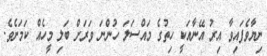
ނިޔާވެފައިވާ އިރު އޭނާއަކީ ހިތުގެ މައްސަލަ ހުންނަ ވަރަށް ބަލި މީހެއް ކަމަށެވެ.